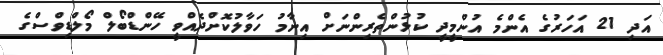
އަދި 21 އަހަރުގެ އެންމެ އުންމީދީ ކުޅުންތެރިންނަށް އިނާމު ހަވާލުކޮށްދެއްވީ ހޭންޑްބޯލް މޯލްޑިވްސްގެ